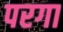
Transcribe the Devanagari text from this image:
परगा